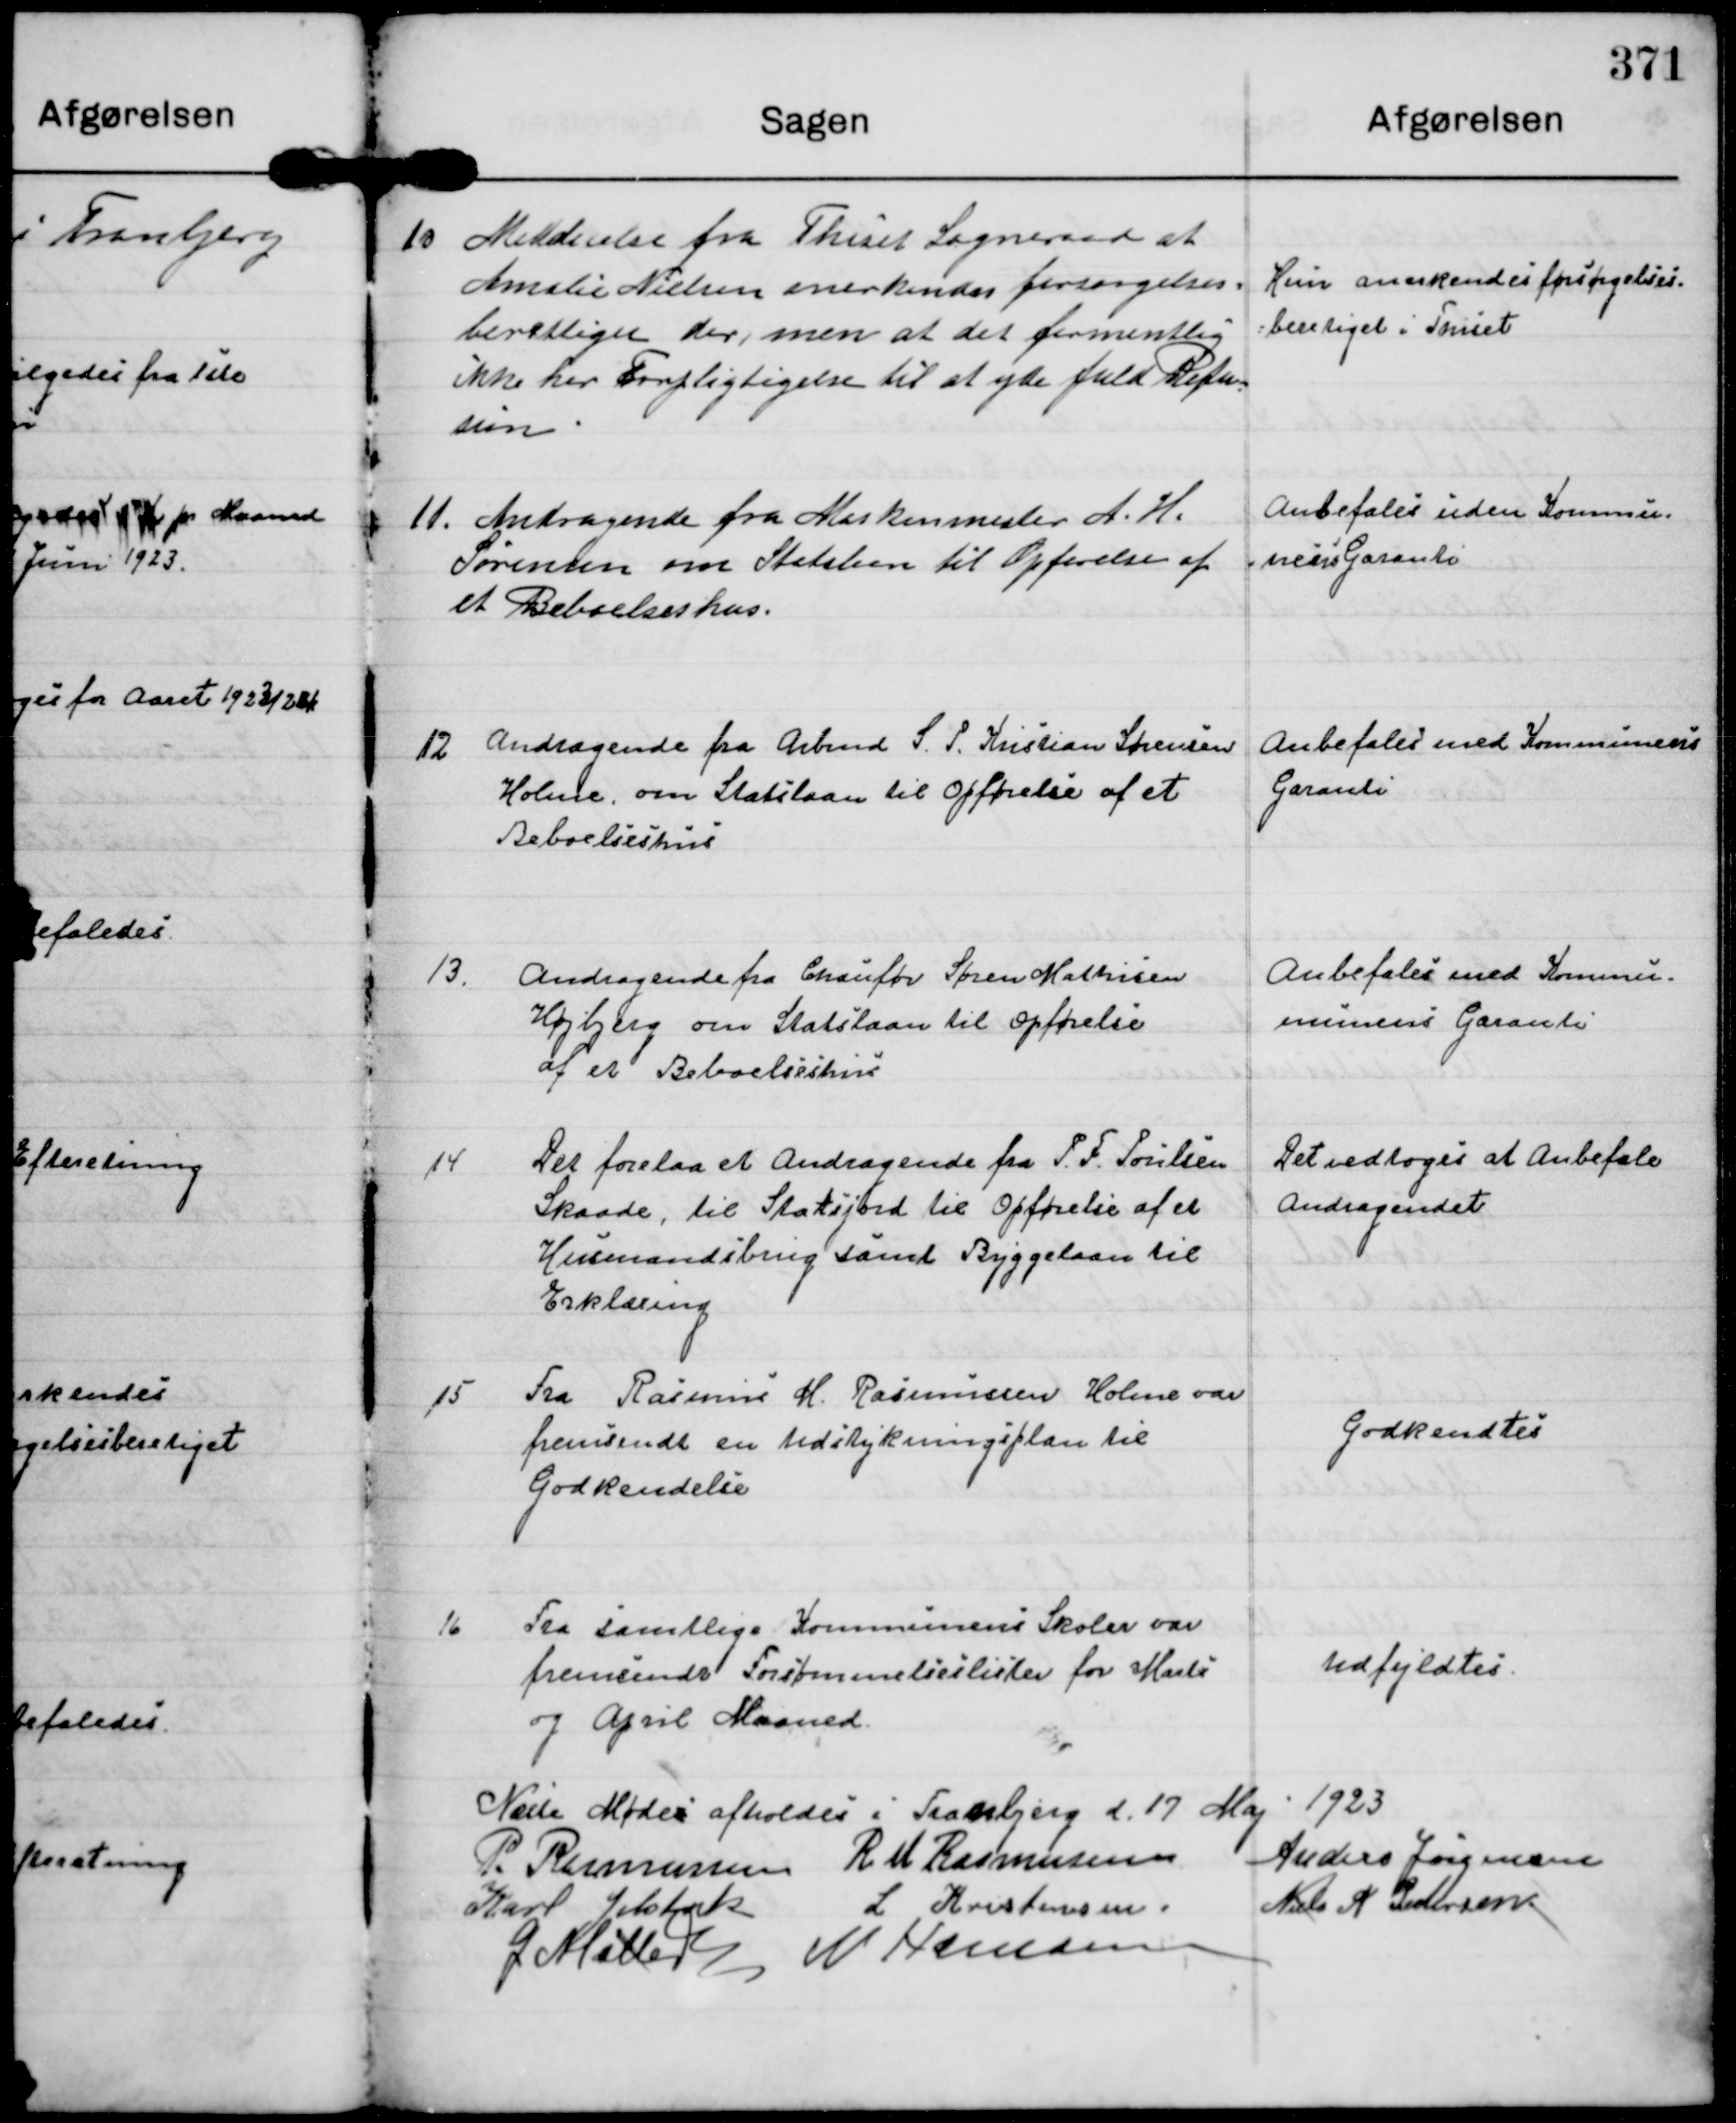
Transskription:
10
Meddelelse fra Thiset Sogneraad at
Amalie Nielsen anerkendes forsørgelses=
berettiget der, men at det formentlig
ikke har Forpligtigelse til at yde fuld Refu=
sion.

Hun anerkendes forsørgelses=
=beretiget i Thiset

11.
Andragende fra Maskinmester A. H.
Sørensen om Statslaan til Opførelse af
et Beboelseshus.

Anbefales uden Kommu=
=nens Garanti

12
Andragende fra Arbmd S. P. Kristian Sørensen
Holme, om Statslaan til Opførelse af et
Beboelseshus

Anbefales med Kommunens
Garanti

13.
Andragende fra Chaufør Søren Mathisen
Højbjerg om Statslaan til Opførelse
af et Beboelseshus

Anbefales med Kommu-
munens Garanti

14
Der forelaa et Andragende fra P. F. Poulsen
Skaade, til Statsjord til Opførelse af et
Husmandsbrug samt Byggelaan til
Erklæring

Det vedtoges at Anbefale
Andragendet

15
Fra Rasmus H. Rasmussen Holme var
fremsendt en Udstykningsplan til
Godkendelse

Godkendtes

16
Fra samtlige Kommunens Skoler var
fremsendt Forsømmelseslister for Marts
og April Maaned.

Udfyldtes.

Næste Møder afholdes i Tranbjerg d. 17 Maj 1923
P. Rasmussen
R M Rasmussen
Anders Jørgensen
Karl Jelsbak
L Kristensen.
Niels A Pedersen
G Møller
N Hamann